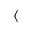
\langle